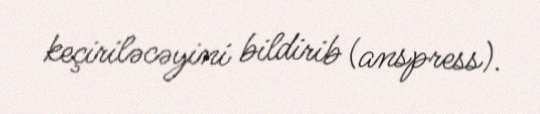
keçiriləcəyini bildirib (anspress).